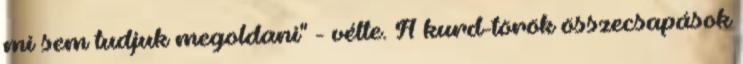
mi sem tudjuk megoldani" - vélte. A kurd-török összecsapások